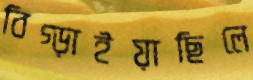
বিগ্‌ড়াইয়াছিলে